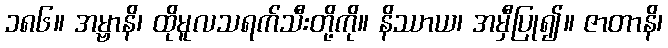
၁၈၆။ အမ္ဗာနိ၊ ထိုမူလသရက်သီးတို့ကို။ နိဿာယ၊ အမှီပြု၍။ ဇာတာနိ၊